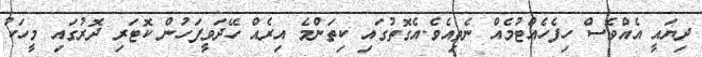
ދިޔައީ އެއްވެސް ހިފެހެއްޓުމެއް ނެތިއެވެ.އެގޮތުގައި ކިތަންމެ އިރެއް ހޭދަވީފަހުން ކޮޓަރި ދޮރުގައި މީހަކު